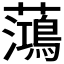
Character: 𫊓